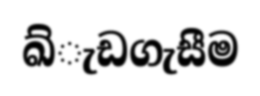
ඛ්ැඩගැසීම